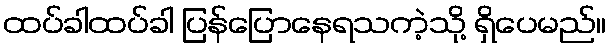
ထပ်ခါထပ်ခါ ပြန်ပြောနေရသကဲ့သို့ ရှိပေမည်။